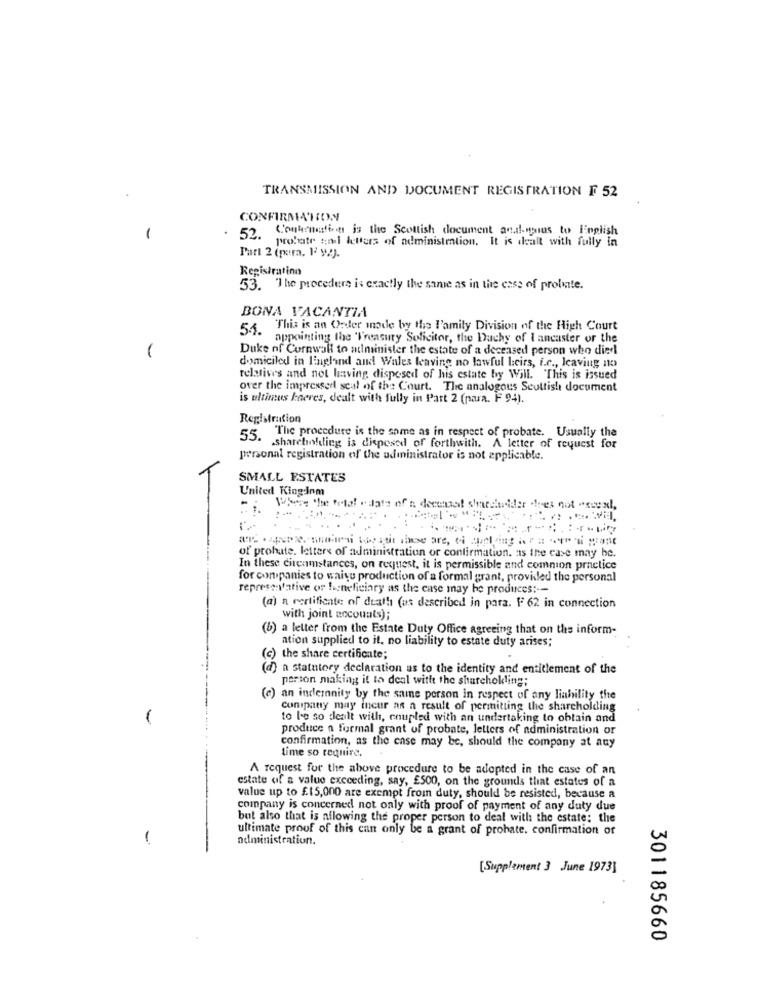
TRANSMISSION AND DOCUMENT REGISTRATION F 52
CONFIRMATION
52. Continuation is the Scottish document andanus to English
-
probate sail letters of administration. It is dealt with fully in
Part 2 (para. 12 92).
Registration
53. The procedure is exactly the same as in the case of prolite.
BONA VACANTIA
54. This is an Order made by the l'amily Division of the High Court
appointing the 'Treasury Solicitor, the Duchy of I ancaster or the
Duke of Cornwall to administer the estate of a deceased person who died
domiciled in England and Wales leaving no lawful leirs, i.c ., leaving no
relatives and not leaving disposed of his estate by Will. "This is issued
over the impresserl scal of the Court. The analogous Scottish document
is ultimus kaeres, dealt with fully in Part 2 (para. F 94).
Registration
55. The procedure is the same as in respect of probate. Usually the
shareholding is disposed of forthwith. A letter of request for
personal registration of the administrator is not applicable.
SMALL ESTATES
United Kingdom
Where the total odate of n decenaat shashider .fres not "suexl,
of prohate. letters of administration or confirmation. as the case may be.
In these circumstances, on request, it is permissible and common practice
for companies to waive production of a formal grant, provided the personal
representative or huneliciary as the case may he produces :--
(a) a certificate of death (as described in para. F 62 in connection
with joint accounts);
(6) a letter from the Estate Duty Office agreeing that on the inform-
ation supplied to it, no liability to estate duty arises;
(c) the share certificate;
(d) a statutory declaration as to the identity and entitlement of the
person making it to deal with the sharchokling;
c) an indemnity by the same person in respect of any liability the
Company may incur as a result of permitting the shareholding
1
to le so dealt with, coupled with an undertaking to obtain and
produce a Formal grant of probate, letters of administration or
confirmation, as the ense may be, should the company at any
time so require.
A request for the above procedure to be adopted in the case of an
estate of a value exceeding, say, E500, on the grounds that estates of a
value up to £15,000 are exempt from duty, should be resisted, because a
company is concerned not only with proof of payment of any duty due
but also that is aflowing the proper person to deal with the estate: the
ultimate proof of this can only be a grant of prohate. confirmation of
1
administration.
[Supplement 3 June 1973]
301185660